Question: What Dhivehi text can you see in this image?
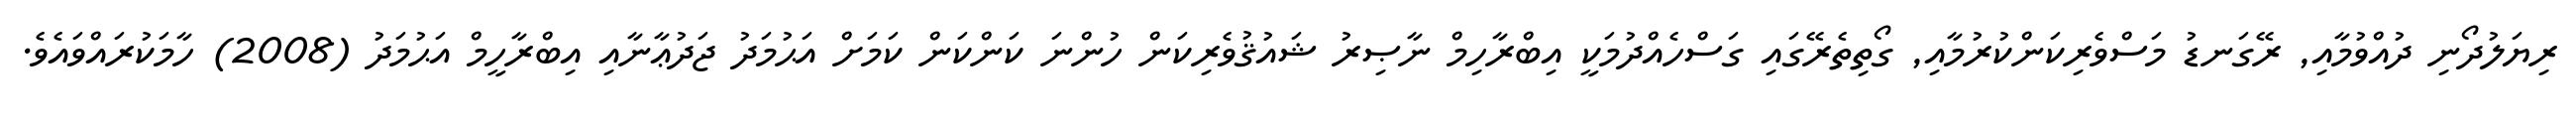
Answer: ރިޔަލުދޯނި ދުއްވުމާއި, ރޭގަނޑު މަސްވެރިކަންކުރުމާއި, ގޯތިތެރޭގައި ގަސްހެއްދުމަކީ އިބްރާހިމް ނާޞިރު ޝައުޤުވެރިކަން ހުންނަ ކަންކަން ކަމަށް އަޙުމަދު ޖަދުޢާނާއި އިބްރާހީމް އަޙުމަދު (2008) ހާމަކުރައްވައެވެ.